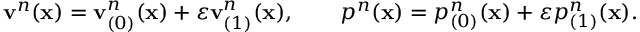
\mathbf { v } ^ { n } ( \mathbf { x } ) = \mathbf { v } _ { ( 0 ) } ^ { n } ( \mathbf { x } ) + \varepsilon \mathbf { v } _ { ( 1 ) } ^ { n } ( \mathbf { x } ) , \qquad p ^ { n } ( \mathbf { x } ) = p _ { ( 0 ) } ^ { n } ( \mathbf { x } ) + \varepsilon p _ { ( 1 ) } ^ { n } ( \mathbf { x } ) .